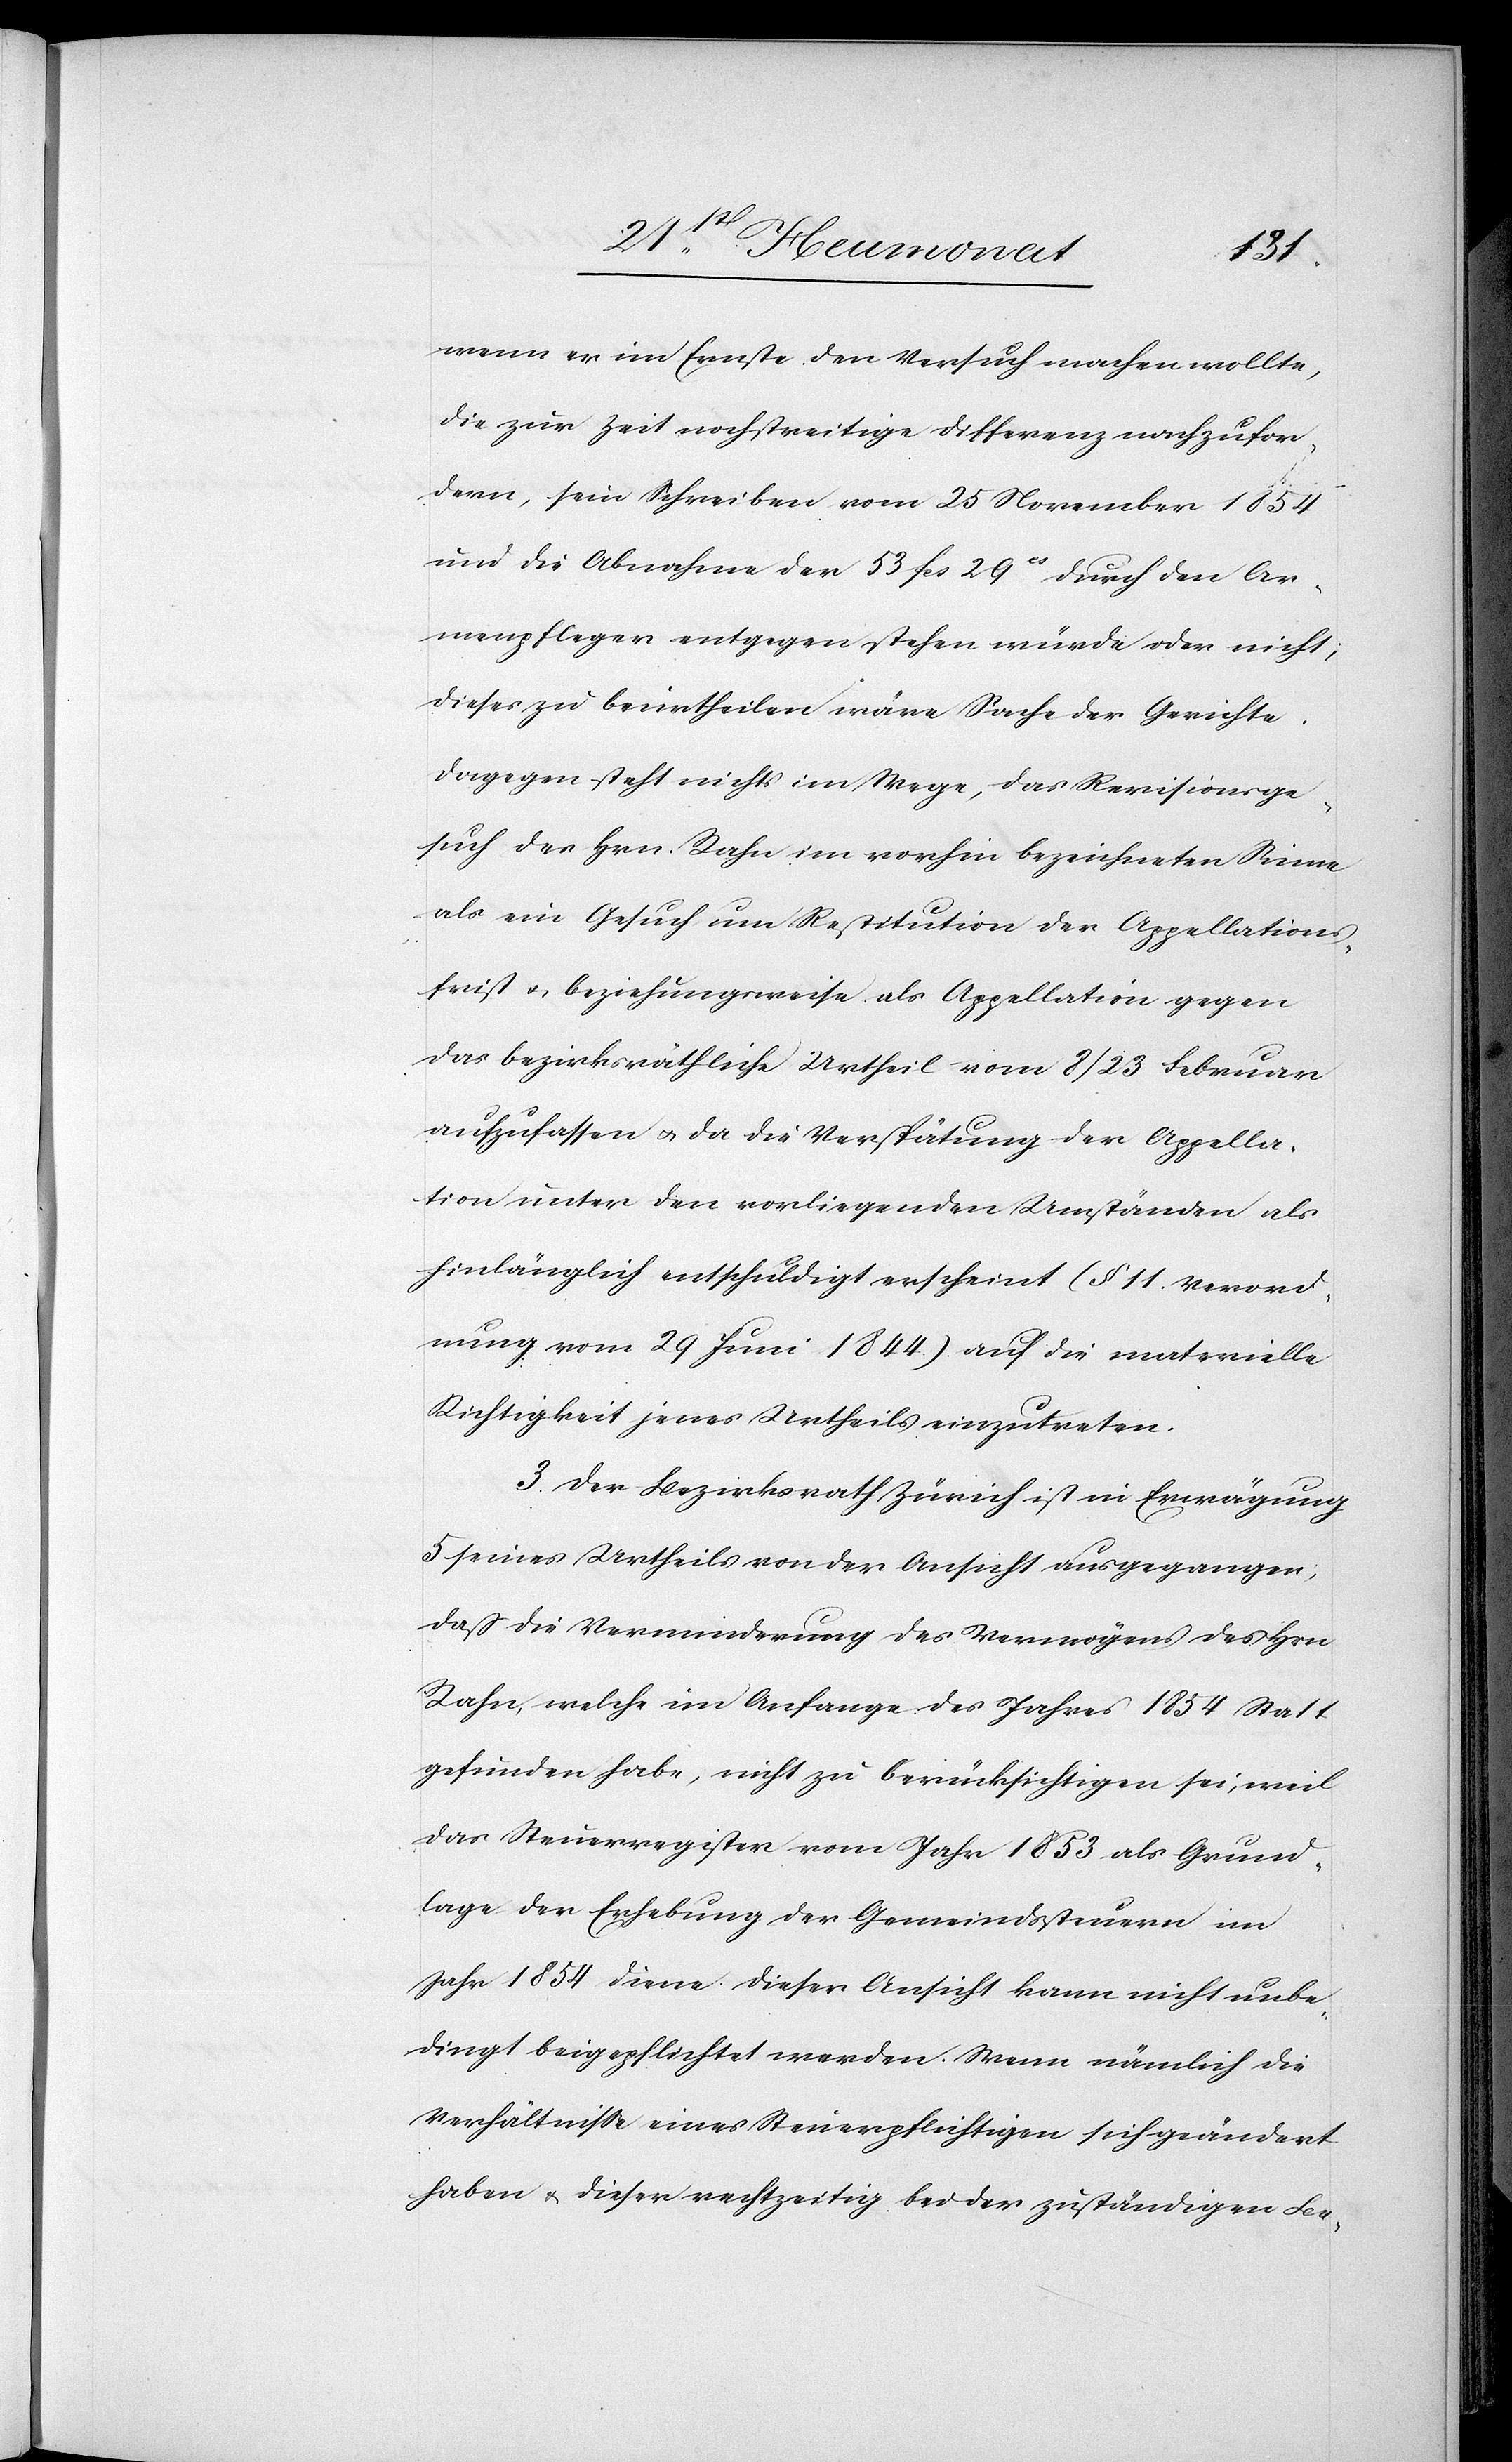
wenn er im Ernste den Versuch machen wollte,
die zur Zeit noch streitige Differenz nachzufor¬
dern, sein Schreiben vom 25 November 1854
und die Abnahme der 53 Fcs 29Cs durch den Ar¬
menpfleger entgegen stehen würde oder nicht,
dieses zu beurtheilen wäre Sache der Gerichte.
Dagegen steht nichts im Wege, das Revisionsge¬
such des Hrn. Rahn im vorhin bezeichneten Sinne
als ein Gesuch um Restitution der Appellations¬
frist & beziehungsweise als Appellation gegen
das bezirksräthliche Urtheil vom 8 / 23 Februar
aufzufassen & da die Verspätung der Appella¬
tion unter den vorliegenden Umständen als
hinlänglich entschuldigt erscheint (§ 11. Verord¬
nung vom 29 Juni 1844.) auf die materielle
Richtigkeit jenes Urtheils einzutreten.
3. Der Bezirksrath Zürich ist in Erwägung
5 seines Urtheils von der Ansicht ausgegangen;
dass die Verminderung des Vermögens des Hrn.
Rahn, welche im Anfange des Jahres 1854 Statt
gefunden habe, nicht zu berücksichtigen sei, weil
das Steuerregister vom Jahr 1853 als Grund¬
lage der Erhebung der Gemeindssteuern im
Jahr 1854 diene. Dieser Ansicht kann nicht unbe¬
dingt beigepflichtet werden. Wenn nämlich die
Verhältnisse eines Steuerpflichtigen sich geändert
haben & dieser rechtzeitig bei der zuständigen Be-